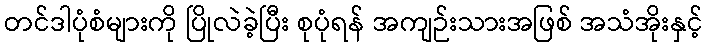
တင်ဒါပုံစံများကို ပြိုလဲခဲ့ပြီး စုပုံရန် အကျဉ်းသားအဖြစ် အသံအိုးနှင့်